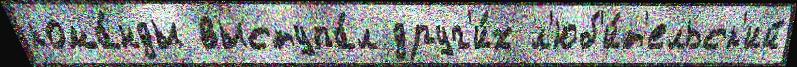
кома́нды выступа́л друг'и́х л'юб'и́т'ельск'ий